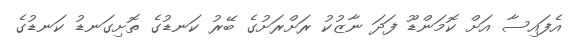
އެފައިސާ އަށް ކޮމަންޑޫ ފަދަ ނާޒުކު ރަށްރަށުގެ ބޭރު ކަނޑުގެ ތޮށިގަނޑު ކަނޑުގެ